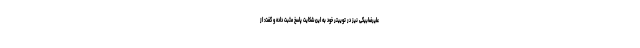
علیرضابیگی نیز در توییتر خود به این شکایت پاسخ مثبت داده و گفت: از